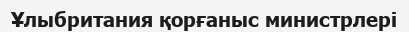
Ұлыбритания қорғаныс министрлері